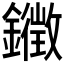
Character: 𮣚